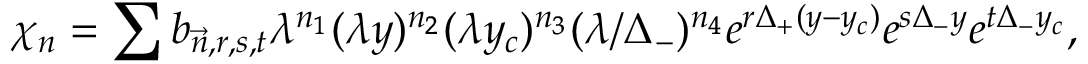
~ \chi _ { n } = \sum b _ { \vec { n } , r , s , t } \lambda ^ { n _ { 1 } } ( \lambda y ) ^ { n _ { 2 } } ( \lambda y _ { c } ) ^ { n _ { 3 } } ( \lambda / \Delta _ { - } ) ^ { n _ { 4 } } e ^ { r \Delta _ { + } ( y - y _ { c } ) } e ^ { s \Delta _ { - } y } e ^ { t \Delta _ { - } y _ { c } } ,